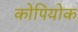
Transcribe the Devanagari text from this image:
कोपियोक